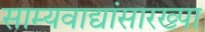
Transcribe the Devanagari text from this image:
साम्यवाद्यांसारख्पा